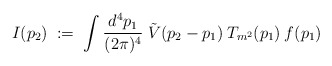
\begin{align*}I(p_2) \;:=\; \int \frac{d^4 p_1}{(2 \pi)^4} \;\tilde{V}(p_2-p_1) \: T_{m^2}(p_1) \: f(p_1)\end{align*}